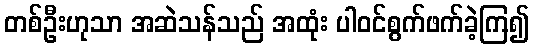
တစ်ဦးဟုသာ အဆဲသန်သည် အထုံး ပါဝင်စွက်ဖက်ခဲ့ကြ၍